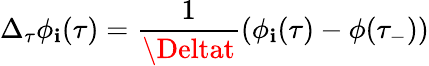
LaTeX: \Delta_{\tau}\phi_{\mathbf{i}}(\tau)=\frac{{1}}{{\Deltat}}(\phi_{\mathbf{i}}(\tau)-\phi(\tau_{-}))